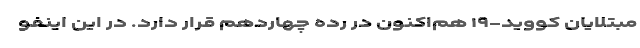
مبتلایان کووید-۱۹ هم‌اکنون در رده چهاردهم قرار دارد. در این اینفو